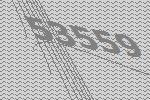
53559